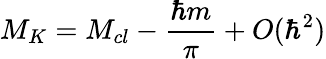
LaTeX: M_{K}=M_{cl}-\frac{\hbar m}{\pi}+O(\hbar^{2})